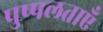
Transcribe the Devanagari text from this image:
पुष्पलताएँ